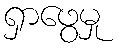
ရှာဖွေမှု